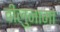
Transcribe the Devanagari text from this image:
वीलुनामा